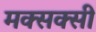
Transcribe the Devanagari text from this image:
मक्सक्सी